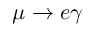
\mu \to e \gamma